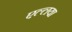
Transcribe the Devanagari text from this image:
एल्लया